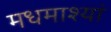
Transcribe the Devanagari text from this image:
मधमाश्यां